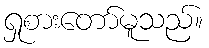
ရှုစားတော်မူသည်။